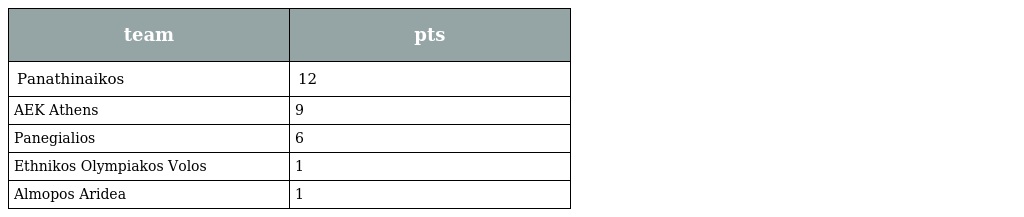
| team | pts |
 | --- | --- |
 | Panathinaikos | 12 |
 | AEK Athens | 9 |
 | Panegialios | 6 |
 | Ethnikos Olympiakos Volos | 1 |
 | Almopos Aridea | 1 |